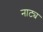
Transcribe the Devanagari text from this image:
नाट्य